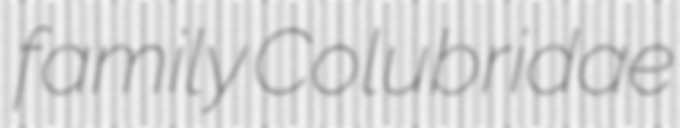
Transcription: family Colubridae